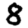
Digit: 8